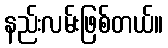
နည်းလမ်းဖြစ်တယ်။